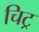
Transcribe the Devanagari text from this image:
चिट्र